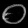
Digit: ၀